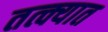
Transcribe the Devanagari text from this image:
तत्क्यात